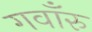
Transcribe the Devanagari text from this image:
गवाँरु